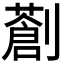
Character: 𠠈